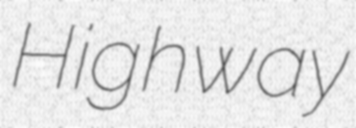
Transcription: Highway